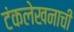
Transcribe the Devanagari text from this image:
टंकलेखनाची